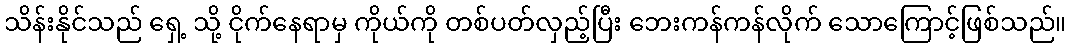
သိန်းနိုင်သည် ရှေ့ သို့ ငိုက်နေရာမှ ကိုယ်ကို တစ်ပတ်လှည့်ပြီး ဘေးကန်ကန်လိုက် သောကြောင့်ဖြစ်သည်။